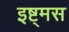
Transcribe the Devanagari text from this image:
इष्ट्मस